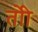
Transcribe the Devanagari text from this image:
तोी